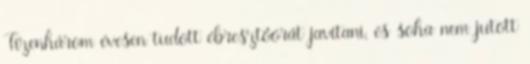
Tizenhárom évesen tudott ébresztôórát javítani, és soha nem jutott